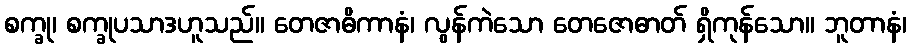
စက္ခု၊ စက္ခုပသာဒဟူသည်။ တေဇာဓိကာနံ၊ လွန်ကဲသော တေဇောဓာတ် ရှိကုန်သော။ ဘူတာနံ၊